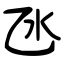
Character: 氹